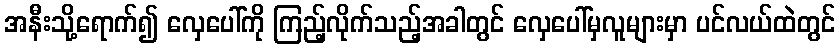
အနီးသို့ရောက်၍ လှေပေါ်ကို ကြည့်လိုက်သည့်အခါတွင် လှေပေါ်မှလူများမှာ ပင်လယ်ထဲတွင်